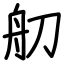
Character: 舠